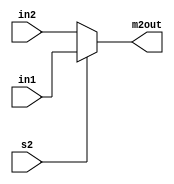
module MUX2ALU #(parameter width =3) (in1, in2, s2, m2out);



input [width-1:0] in1, in2;
input s2;
output reg [width-1:0] m2out;


always @ (in1, in2, s2)
    
    begin
        if (s2)
            m2out = in1;
        else
            m2out = in2;
    end
        
endmodule //MUX2